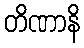
တိဏာနိ